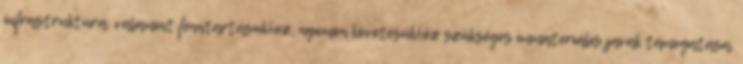
infrastruktúra, valamint fenntartásukhoz, nyomon követésükhöz szükséges immateriális javak támogatása.